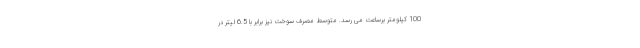
100 کیلومتر برساعت می رسد. متوسط مصرف سوخت نیز برابر با 6.5 لیتر در